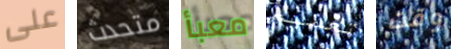
على متحدث معبأ تعميم وقت